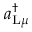
a _ { \mathrm { L } \mu } ^ { \dagger }